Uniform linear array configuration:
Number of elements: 64
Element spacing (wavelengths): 1
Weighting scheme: exponential
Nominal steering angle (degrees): -45
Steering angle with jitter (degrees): -43.377
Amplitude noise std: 0.05
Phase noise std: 0.05

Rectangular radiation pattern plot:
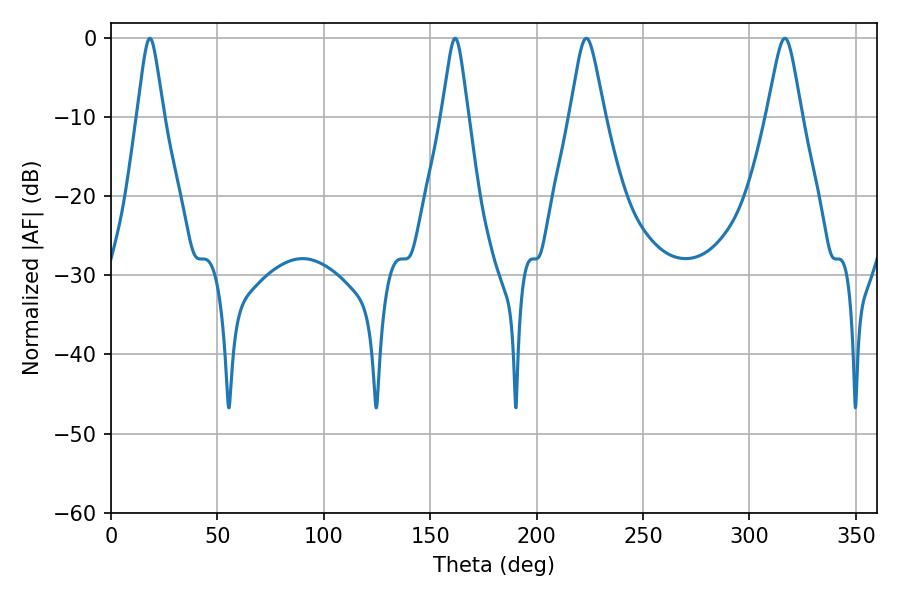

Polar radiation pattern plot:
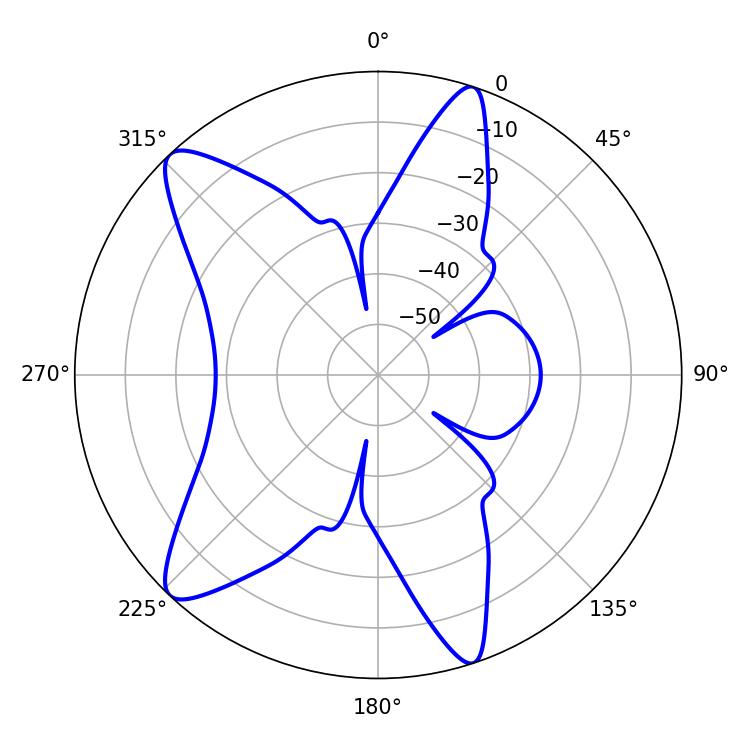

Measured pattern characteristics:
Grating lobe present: TRUE
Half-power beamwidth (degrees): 7.74
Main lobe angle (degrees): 223.38